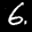
Label: 6